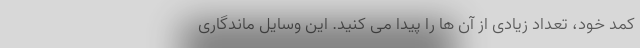
کمد خود، تعداد زیادی از آن ها را پیدا می کنید. این وسایل ماندگاری